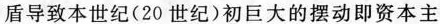
盾导致本世纪(20世纪)初巨大的摆动即资本主